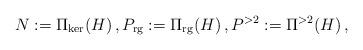
LaTeX: \begin{align*} N:=\Pi_{{\rm ker}}( H)\,, P_{{\rm rg}}:=\Pi_{{\rm rg}}( H)\,, P^{>2}:=\Pi^{>2}( H)\,,\end{align*}